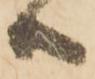
共